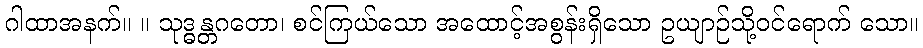
ဂါထာအနက်။ ။ သုဒ္ဓန္တဂတော၊ စင်ကြယ်သော အထောင့်အစွန်းရှိသော ဥယျာဉ်သို့ဝင်ရောက် သော။